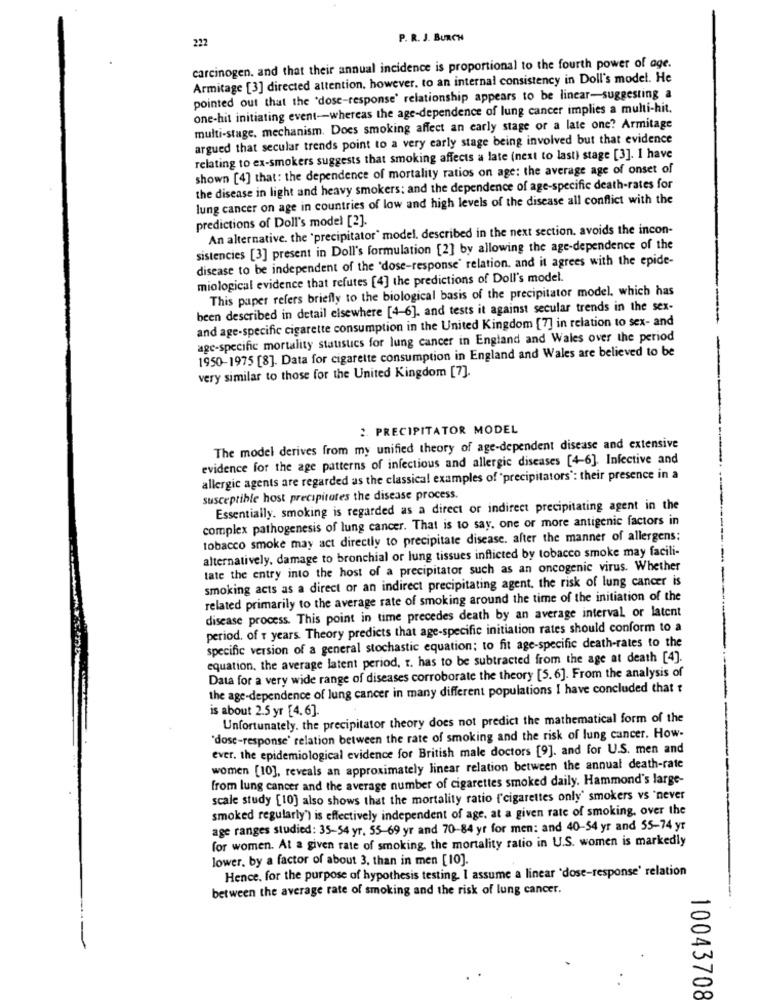
222
P. R. J. BURCH
carcinogen. and that their annual incidence is proportional to the fourth power of age.
Armitage [3] directed attention, however, to an internal consistency in Doll's model. He
pointed out that the 'dose-response' relationship appears to be linear-suggesting a
one-hit initiating event-whereas the age-dependence of lung cancer implies a multi-hit.
multi-stage. mechanism. Does smoking affect an early stage or a late one? Armitage
argued that secular trends point to a very early stage being involved but that evidence
relating to ex-smokers suggests that smoking affects a late (next to last) stage [3]. 1 have
shown [4] that: the dependence of mortality ratios on age: the average age of onset of
the disease in light and heavy smokers; and the dependence of age-specific death-rates for
lung cancer on age in countries of low and high levels of the disease all conflict with the
predictions of Doll's model [2].
An alternative. the "precipitator' model, described in the next section. avoids the incon-
sistencies [3] present in Doll's formulation [2] by allowing the age-dependence of the
disease to be independent of the 'dose-response' relation. and it agrees with the epide-
miological evidence that refutes [4] the predictions of Doll's model.
This paper refers briefly to the biological basis of the precipitator model, which has
been described in detail elsewhere [4-6]. and tests it against secular trends in the sex-
and age-specific cigarette consumption in the United Kingdom [7] in relation to sex- and
age-specific mortality staustics for lung cancer in England and Wales over the period
1950-1975 [8]. Data for cigarette consumption in England and Wales are believed to be
very similar to those for the United Kingdom [7].
2. PRECIPITATOR MODEL
The model derives from my unified theory of age-dependent disease and extensive
evidence for the age patterns of infectious and allergic diseases [4-6]. Infective and
allergic agents are regarded as the classical examples of "precipitators': their presence in a
susceptible host precipitates the disease process.
Essentially. smoking is regarded as a direct or indirect precipitating agent in the
complex pathogenesis of lung cancer. That is to say, one or more antigenic factors in
tobacco smoke may act directly to precipitate disease. after the manner of allergens;
alternatively, damage to bronchial or lung tissues inflicted by tobacco smoke may facili-
tate the entry into the host of a precipitator such as an oncogenic virus. Whether
smoking acts as a direct or an indirect precipitating agent. the risk of lung cancer is
related primarily to the average rate of smoking around the time of the initiation of the
disease process. This point in time precedes death by an average interval or latent
period. of t years Theory predicts that age-specific initiation rates should conform to a
specific version of a general stochastic equation; to fit age-specific death-rates to the
equation, the average latent period, r. has to be subtracted from the age at death [4].
Data for a very wide range of diseases corroborate the theory [5.6]. From the analysis of
the age-dependence of lung cancer in many different populations I have concluded that t
is about 2.5 yr [4.6].
Unfortunately. the precipitator theory does not predict the mathematical form of the
"dose-response' relation between the rate of smoking and the risk of lung cancer. How-
ever. the epidemiological evidence for British male doctors [9]. and for U.S. men and
women [10], reveals an approximately linear relation between the annual death-rate
from lung cancer and the average number of cigarettes smoked daily. Hammond's large-
scale study [10] also shows that the mortality ratio ('cigarettes only' smokers vs 'never
smoked regularly') is effectively independent of age, at a given rate of smoking, over the
age ranges studied: 35-54 yr. 55-69 yr and 70-84 yr for men: and 40-54 yr and 55-74 yr
for women. At a given rate of smoking, the mortality ratio in U.S. women is markedly
lower, by a factor of about 3. than in men [10].
Hence, for the purpose of hypothesis testing. I assume a linear 'dose-response' relation
between the average rate of smoking and the risk of lung cancer.
10043708